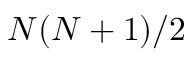
N ( N + 1 ) / 2